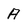
Character: A